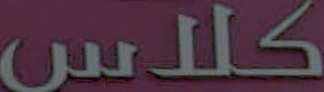
کلاس